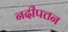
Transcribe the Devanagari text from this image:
नदीपत्तन